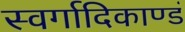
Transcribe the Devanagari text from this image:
स्वर्गादिकाण्डं